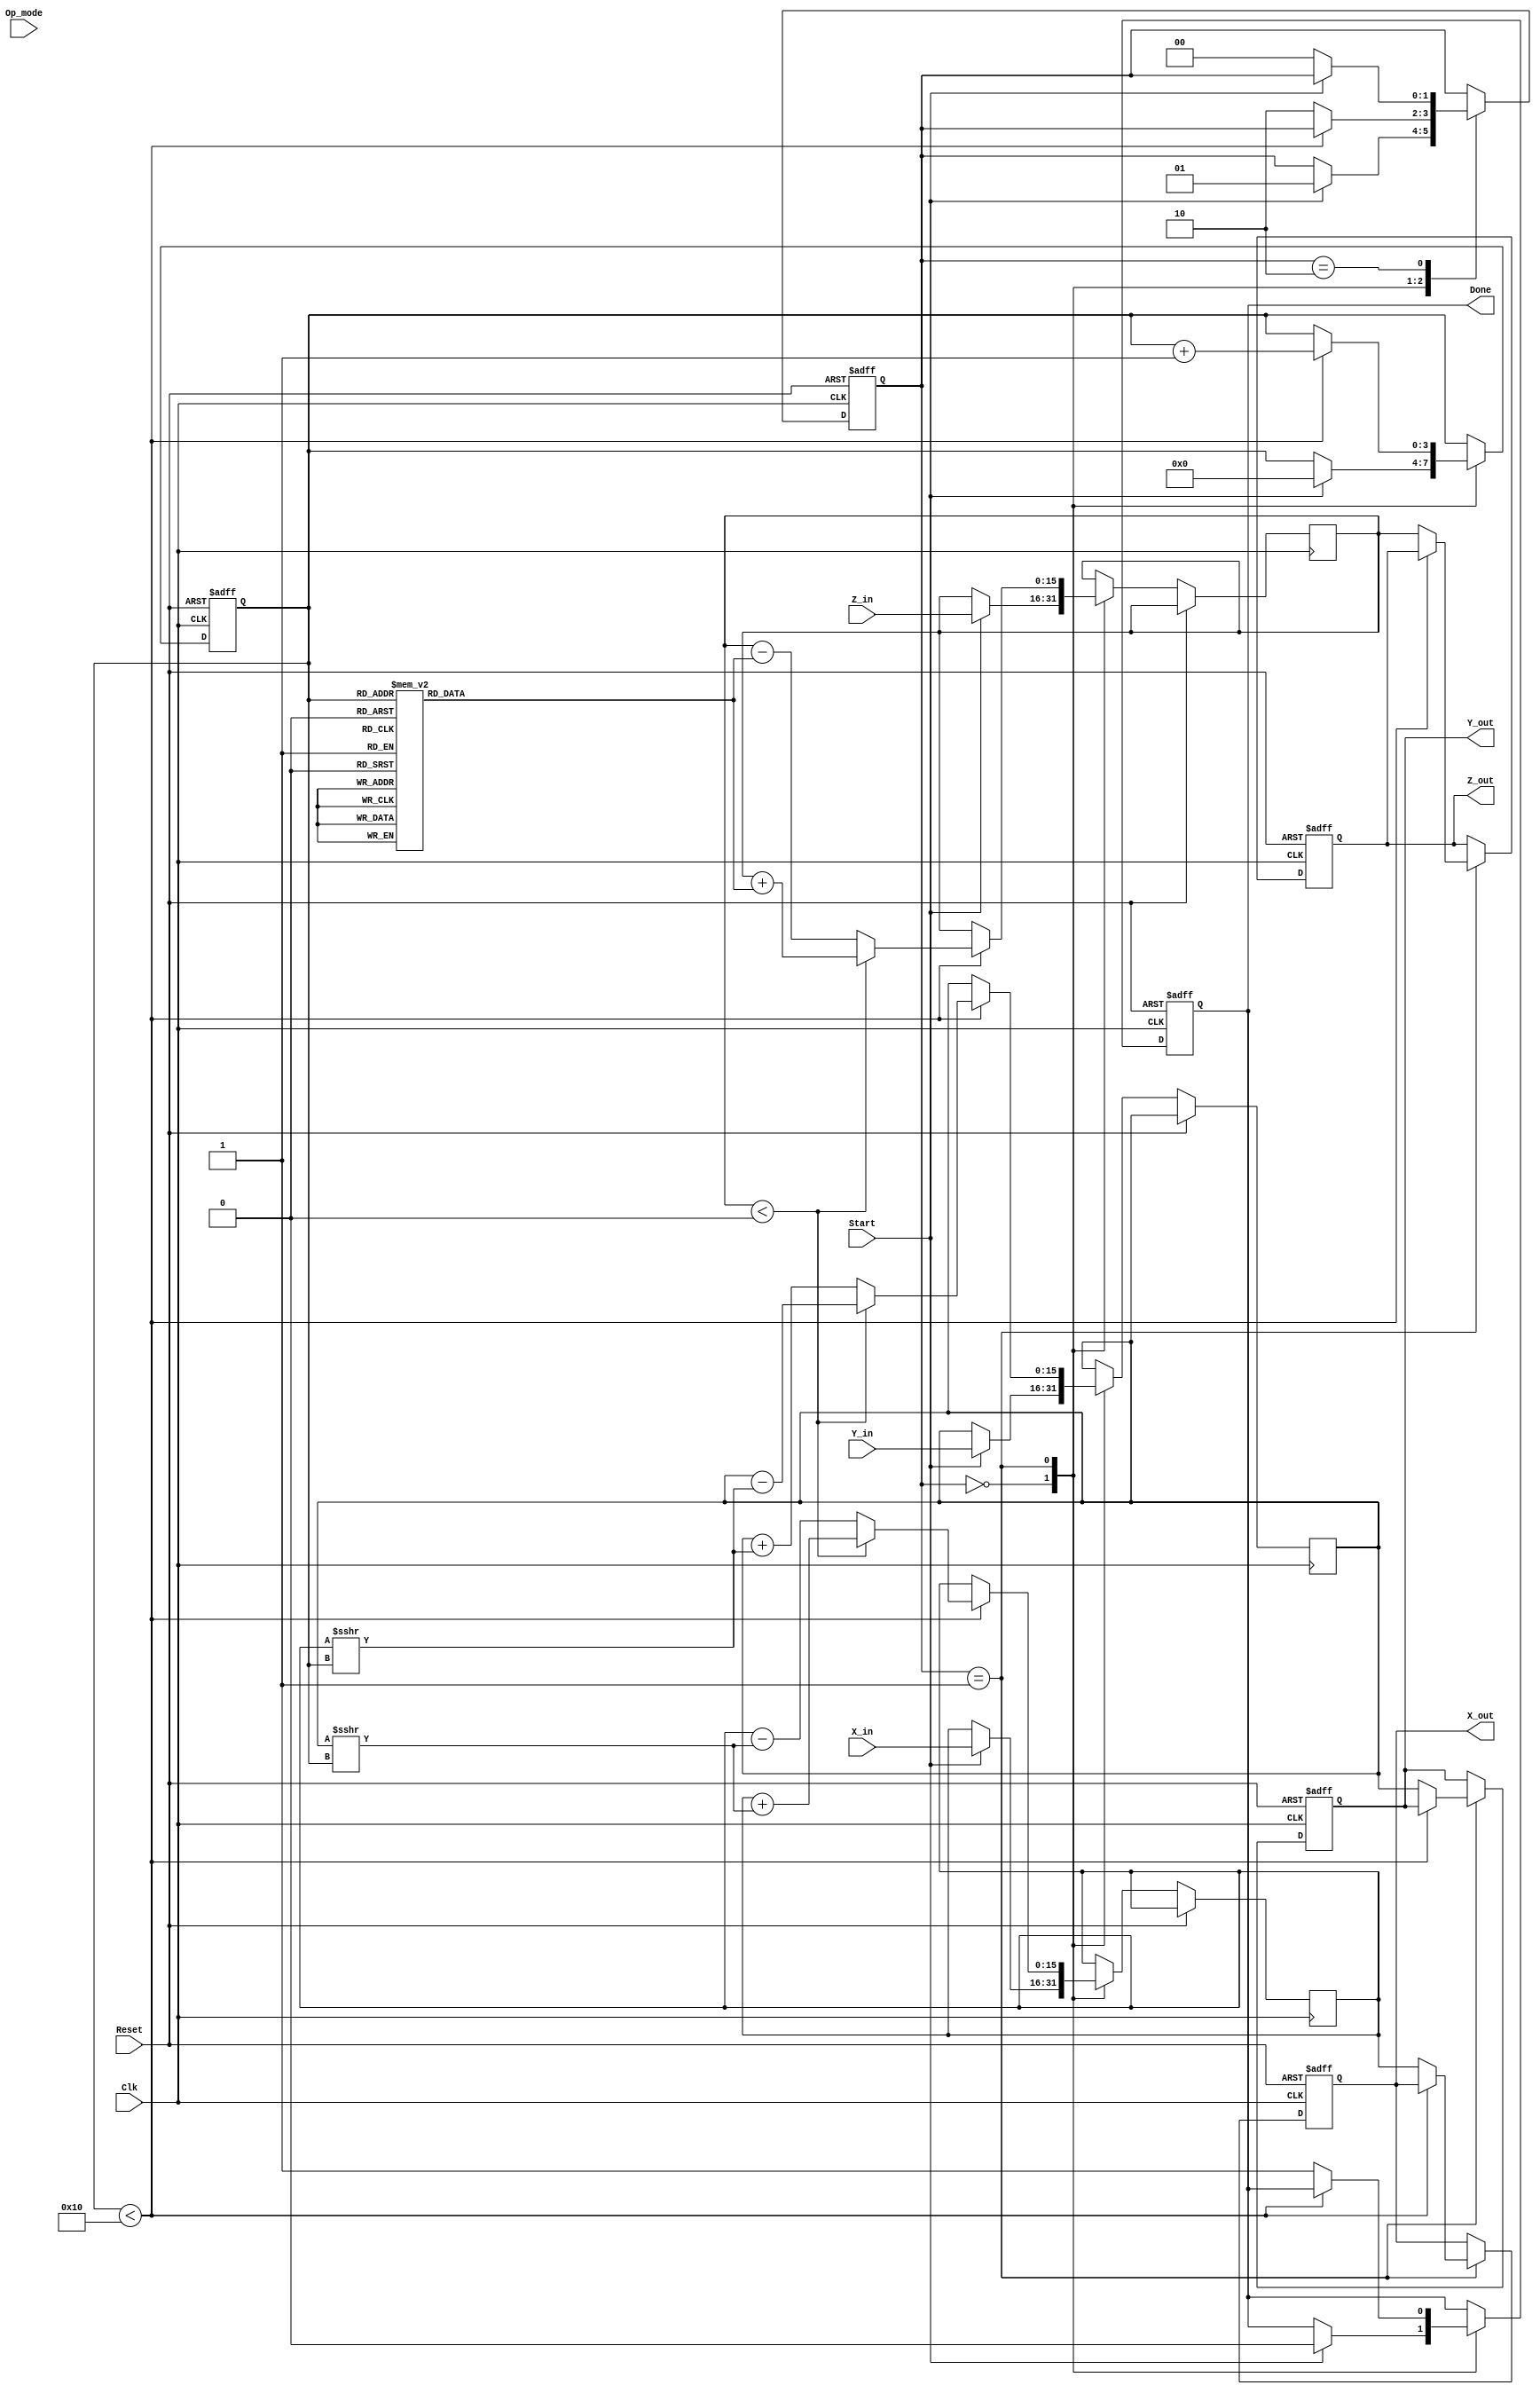
module unified_cordic (
    input wire signed [15:0] X_in,    // Input vector X
    input wire signed [15:0] Y_in,    // Input vector Y
    input wire signed [15:0] Z_in,    // Input angle
    input wire [1:0] Op_mode,          // Operation mode selector
    input wire Start,                   // Start signal
    input wire Clk,                     // Clock signal
    input wire Reset,                   // Reset signal
    output reg signed [15:0] X_out,    // Output vector X
    output reg signed [15:0] Y_out,    // Output vector Y
    output reg signed [15:0] Z_out,    // Output angle
    output reg Done                     // Completion signal
);

    // CORDIC parameters
    parameter NUM_ITERATIONS = 16; // Number of iterations for CORDIC
    reg signed [15:0] angle_table [0:NUM_ITERATIONS-1]; // Angle table
    reg signed [15:0] X_reg, Y_reg, Z_reg; // Registers for internal state
    reg [3:0] iteration; // Iteration counter
    reg [1:0] state; // State machine

    // State definitions
    localparam IDLE = 2'b00;
    localparam COMPUTE = 2'b01;
    localparam DONE_STATE = 2'b10;

    // Initialization of angle table (in radians, scaled)
    initial begin
        angle_table[0] = 16'h1C90; // atan(2^0)
        angle_table[1] = 16'h0DAC; // atan(2^-1)
        angle_table[2] = 16'h05A8; // atan(2^-2)
        angle_table[3] = 16'h0282; // atan(2^-3)
        angle_table[4] = 16'h0141; // atan(2^-4)
        angle_table[5] = 16'h00A1; // atan(2^-5)
        angle_table[6] = 16'h0051; // atan(2^-6)
        angle_table[7] = 16'h0028; // atan(2^-7)
        angle_table[8] = 16'h0014; // atan(2^-8)
        angle_table[9] = 16'h000A; // atan(2^-9)
        angle_table[10] = 16'h0005; // atan(2^-10)
        angle_table[11] = 16'h0002; // atan(2^-11)
        angle_table[12] = 16'h0001; // atan(2^-12)
        angle_table[13] = 16'h0000; // atan(2^-13)
        angle_table[14] = 16'h0000; // atan(2^-14)
        angle_table[15] = 16'h0000; // atan(2^-15)
    end

    // State machine and control logic
    always @(posedge Clk or posedge Reset) begin
        if (Reset) begin
            state <= IDLE;
            Done <= 0;
            iteration <= 0;
            X_out <= 0;
            Y_out <= 0;
            Z_out <= 0;
        end else begin
            case (state)
                IDLE: begin
                    if (Start) begin
                        // Initialize registers
                        X_reg <= X_in;
                        Y_reg <= Y_in;
                        Z_reg <= Z_in;
                        iteration <= 0;
                        Done <= 0;
                        state <= COMPUTE;
                    end
                end
                
                COMPUTE: begin
                    if (iteration < NUM_ITERATIONS) begin
                        // CORDIC rotation logic
                        if (Z_reg < 0) begin
                            // Rotate clockwise
                            X_reg <= X_reg + (Y_reg >>> iteration);
                            Y_reg <= Y_reg - (X_reg >>> iteration);
                            Z_reg <= Z_reg + angle_table[iteration];
                        end else begin
                            // Rotate counter-clockwise
                            X_reg <= X_reg - (Y_reg >>> iteration);
                            Y_reg <= Y_reg + (X_reg >>> iteration);
                            Z_reg <= Z_reg - angle_table[iteration];
                        end
                        iteration <= iteration + 1;
                    end else begin
                        // Finished computation
                        X_out <= X_reg;
                        Y_out <= Y_reg;
                        Z_out <= Z_reg;
                        Done <= 1;
                        state <= DONE_STATE;
                    end
                end
                
                DONE_STATE: begin
                    if (!Start) begin
                        // Go back to IDLE state
                        state <= IDLE;
                    end
                end
            endcase
        end
    end
endmodule